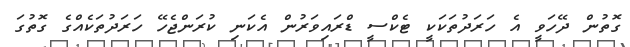
ގޮތުން ދޭހަވީ އެ ހަރަދުތަކަކީ ޓެކްސީ ޑްރައިވަރުން އެކަނި ކުރަންޖެހޭ ހަރަދުތަކެއްގެ ގޮތުގަ